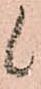
候